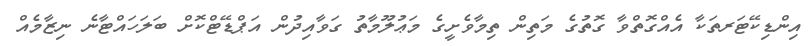
އިންޑިކޭޓަރތަކާ އެއްގޮތްވާ ގޮތުގެ މަތިން ތިމާވެށީގެ މަޢުލޫމާތު ގަވާއިދުން އަޕްޑޭޓްކޮށް ބަލަހައްޓާނެ ނިޒާމެއް